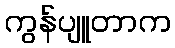
ကွန်ပျူတာက